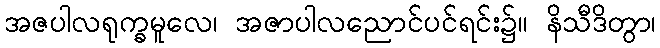
အဇပါလရုက္ခမူလေ၊ အဇာပါလညောင်ပင်ရင်း၌။ နိသီဒိတွာ၊